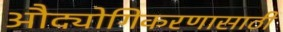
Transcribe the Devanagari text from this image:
औद्योगिकरणासाठी